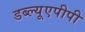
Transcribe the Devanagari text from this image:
डब्ल्यूएपीपी